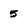
Character: 5